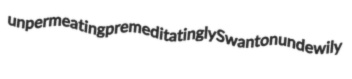
unpermeating premeditatingly Swanton undewily